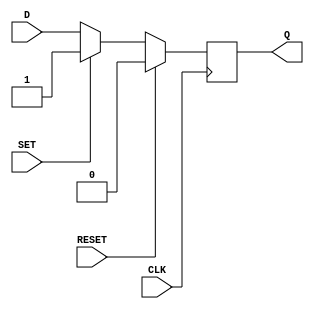
module DFF (
    input D,
    input CLK,
    input SET,
    input RESET,
    output reg Q
);

always @(posedge CLK) begin
    if (RESET) begin
        Q <= 0;
    end else if (SET) begin
        Q <= 1;
    end else begin
        Q <= D;
    end
end

endmodule